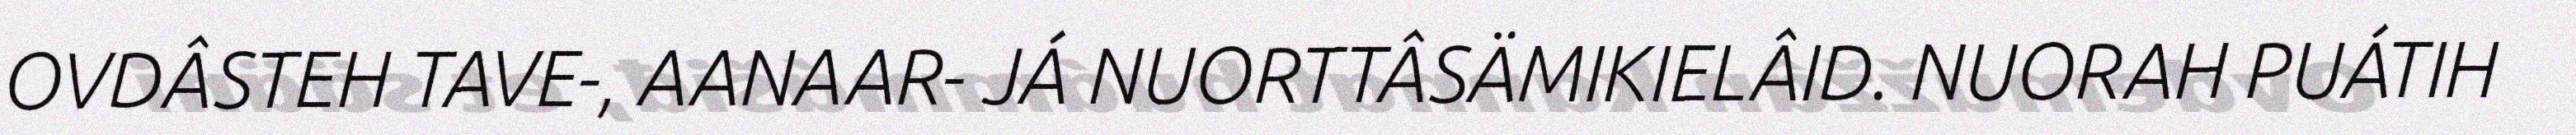
OVDÂSTEH TAVE-, AANAAR- JÁ NUORTTÂSÄMIKIELÂID. NUORAH PUÁTIH